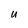
Character: u